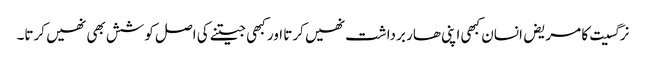
نرگسیت کا مریض انسان کبھی اپنی ھار برداشت نھیں کرتا اور کبھی جیتنے کی اصل کوشش بھی نھیں کرتا۔